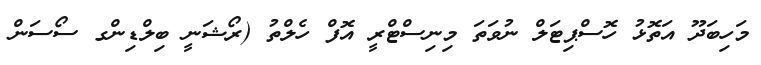
މަހިބަދޫ އަތޮޅު ހޮސްޕިޓަލް ނުވަތަ މިނިސްޓްރީ އޮފް ހެލްތު (ރޯޝަނީ ބިލްޑިންގ ސޯސަން